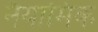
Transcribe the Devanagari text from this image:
नैयामिक